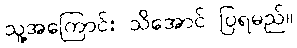
သူ့အကြောင်း သိအောင် ပြရမည်။